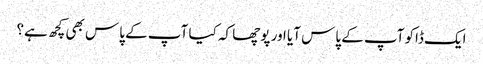
ایک ڈاکو آپ کے پاس آیا اور پوچھا کہ کیا آپ کے پاس بھی کچھ ہے؟